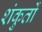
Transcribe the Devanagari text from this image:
शंकुतों